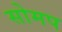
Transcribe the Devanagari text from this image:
सोमप